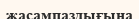
жасампаздығына